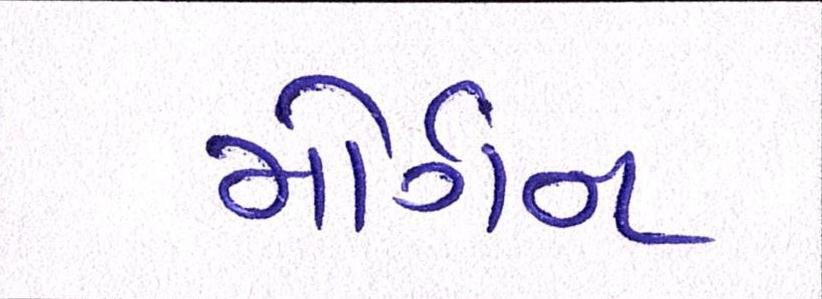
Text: મોર્ગન